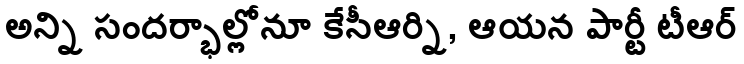
అన్ని సందర్భాల్లోనూ కేసీఆర్ని, ఆయన పార్టీ టీఆర్